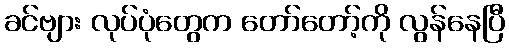
ခင်ဗျား လုပ်ပုံတွေက တော်တော့်ကို လွန်နေပြီ